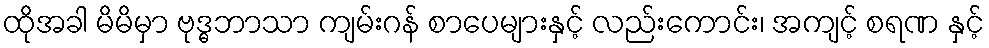
ထိုအခါ မိမိမှာ ဗုဒ္ဓဘာသာ ကျမ်းဂန် စာပေများနှင့် လည်းကောင်း၊ အကျင့် စရဏ နှင့်